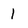
Character: 1